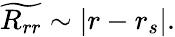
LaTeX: \widetilde{R_{rr}}\sim|r-r_{s}|.